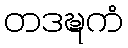
တဒဍ္ဎကံ